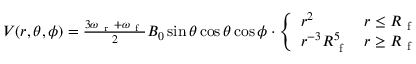
\begin{array} { r } { V ( r , \theta , \phi ) = \frac { 3 \omega _ { \mathrm { ~ r ~ } } + \omega _ { \mathrm { ~ f ~ } } } { 2 } B _ { 0 } \sin \theta \cos \theta \cos \phi \cdot \left\{ \begin{array} { l l } { r ^ { 2 } } & { r \leq R _ { \mathrm { ~ f ~ } } } \\ { r ^ { - 3 } R _ { \mathrm { ~ f ~ } } ^ { 5 } } & { r \geq R _ { \mathrm { ~ f ~ } } } \end{array} \right. } \end{array}